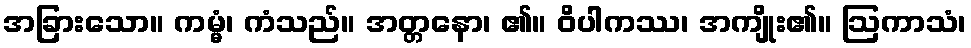
အခြားသော။ ကမ္မံ၊ ကံသည်။ အတ္တနော၊ ၏။ ဝိပါကဿ၊ အကျိုး၏။ ဩကာသံ၊